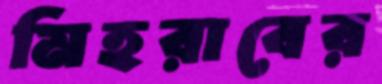
মিহরাবের